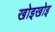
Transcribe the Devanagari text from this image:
खोइखोइ